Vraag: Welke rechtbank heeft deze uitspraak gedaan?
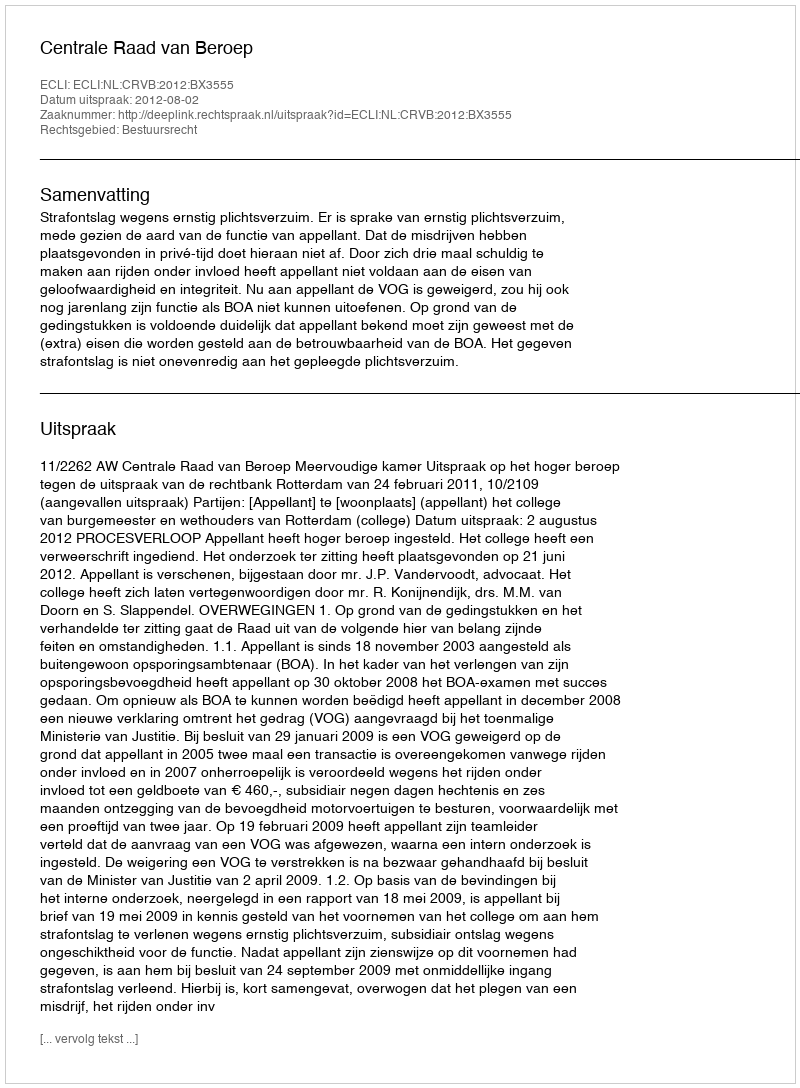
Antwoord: Centrale Raad van Beroep